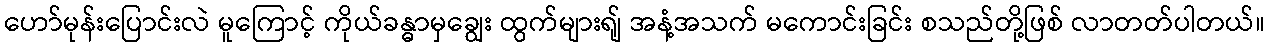
ဟော်မုန်းပြောင်းလဲ မူကြောင့် ကိုယ်ခန္ဓာမှချွေး ထွက်များရျ် အနံ့အသက် မကောင်းခြင်း စသည်တို့ဖြစ် လာတတ်ပါတယ်။